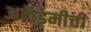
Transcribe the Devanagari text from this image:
अकॅडमीची